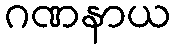
ဂဏနာယ